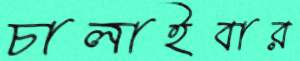
চালাইবার